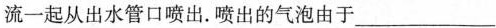
流一起从出水管口喷出。喷出的气泡由于___